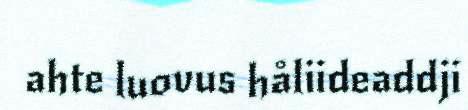
ahte luovus håliideaddji